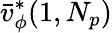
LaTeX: \bar{v}_{\phi}^{*}(1,N_{p})